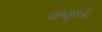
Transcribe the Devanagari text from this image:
०५०८